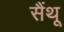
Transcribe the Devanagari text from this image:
सैंथू